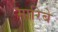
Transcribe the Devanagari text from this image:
मारिबे